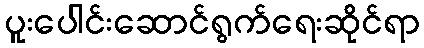
ပူးပေါင်းဆောင်ရွက်ရေးဆိုင်ရာ